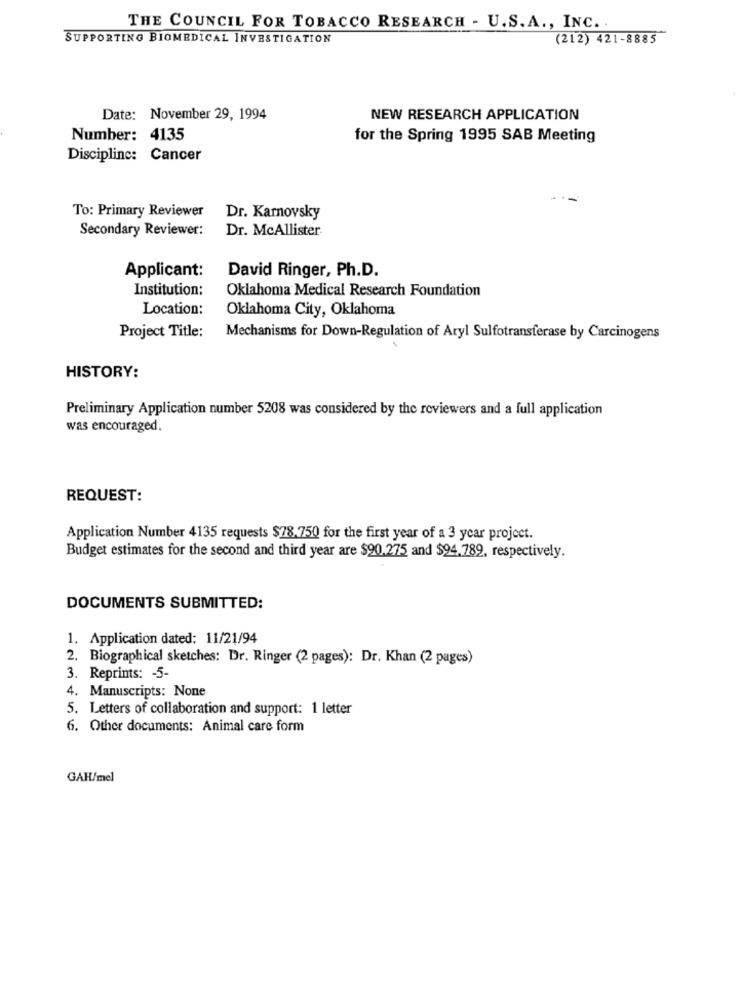
THE COUNCIL FOR TOBACCO RESEARCH - U.S. A ., INC. .
SUPPORTING BIOMEDICAL INVESTIGATION
(212) 421-8885
Date: November 29, 1994
NEW RESEARCH APPLICATION
Number: 4135
for the Spring 1995 SAB Meeting
Discipline: Cancer
To: Primary Reviewer
Dr. Karnovsky
Secondary Reviewer:
Dr. McAllister
Applicant:
David Ringer, Ph.D.
Institution:
Oklahoma Medical Research Foundation
Location:
Oklahoma City, Oklahoma
Project Title:
Mechanisms for Down-Regulation of Aryl Sulfotransferase by Carcinogens
HISTORY:
Preliminary Application number 5208 was considered by the reviewers and a full application
was encouraged.
REQUEST:
Application Number 4135 requests $78.750 for the first year of a 3 year project.
Budget estimates for the second and third year are $90.275 and $94.789, respectively.
DOCUMENTS SUBMITTED:
1. Application dated: 11/21/94
2. Biographical sketches: Dr. Ringer (2 pages): Dr. Khan (2 pages)
3. Reprints: - 5-
4. Manuscripts: None
5. Letters of collaboration and support: 1 letter
6. Other documents: Animal care form
GAH/mel